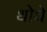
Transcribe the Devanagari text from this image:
थोथे